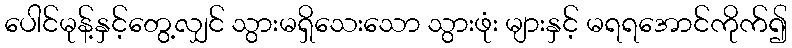
ပေါင်မုန့်နှင့်တွေ့လျှင် သွားမရှိသေးသော သွားဖုံး များနှင့် မရရအောင်ကိုက်၍